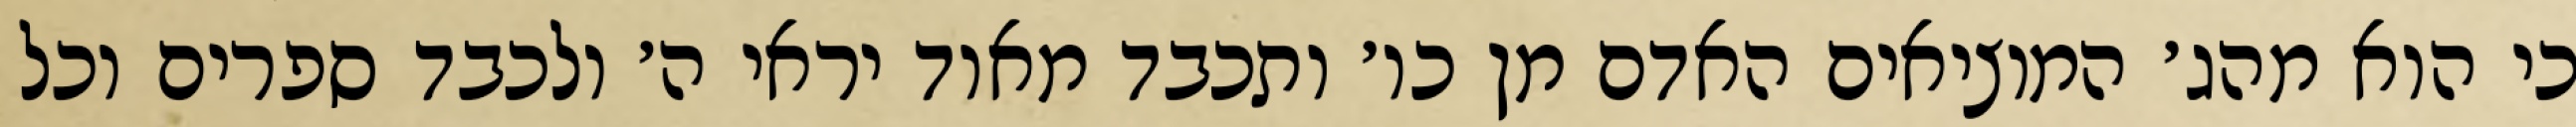
כי הוא מהג׳ המוציאים האדם מן כו׳ ותכבד מאוד יראי ה׳ ולכבד ספרים וכל